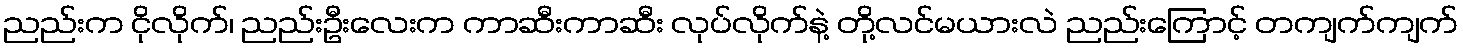
ညည်းက ငိုလိုက်၊ ညည်းဦးလေးက ကာဆီးကာဆီး လုပ်လိုက်နဲ့ တို့လင်မယားလဲ ညည်းကြောင့် တကျက်ကျက်